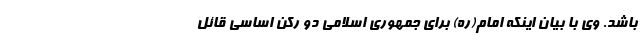
باشد. وی با بیان اینکه امام(ره) برای جمهوری اسلامی دو رکن اساسی قائل